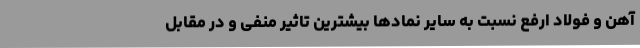
آهن و فولاد ارفع نسبت به سایر نمادها بیشترین تاثیر منفی و در مقابل